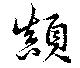
顛